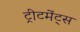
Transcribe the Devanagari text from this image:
ट्रीटमेंट्स